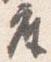
座